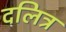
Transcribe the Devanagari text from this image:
दलित्र